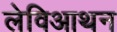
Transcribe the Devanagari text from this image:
लेविआथन